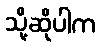
သို့ဆိုပါက